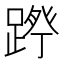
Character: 𮛷